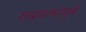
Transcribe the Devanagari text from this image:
राबवल्यामुळे